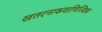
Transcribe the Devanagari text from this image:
खतरनाकवाणिज्यिक